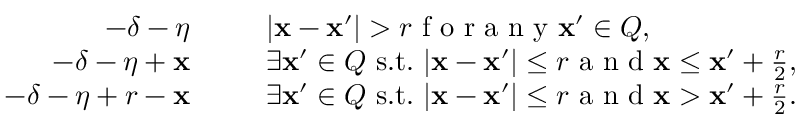
\begin{array} { r l } { - \delta - \eta ~ ~ ~ ~ ~ } & { | \mathbf x - \mathbf x ^ { \prime } | > r \textnormal { f o r a n y } \mathbf x ^ { \prime } \in Q , } \\ { - \delta - \eta + \mathbf x ~ ~ ~ ~ ~ } & { \exists \mathbf x ^ { \prime } \in Q \mathrm { ~ s . t . ~ } | \mathbf x - \mathbf x ^ { \prime } | \le r \textnormal { a n d } \mathbf x \leq \mathbf x ^ { \prime } + \frac { r } { 2 } , } \\ { - \delta - \eta + r - \mathbf x ~ ~ ~ ~ ~ } & { \exists \mathbf x ^ { \prime } \in Q \mathrm { ~ s . t . ~ } | \mathbf x - \mathbf x ^ { \prime } | \le r \textnormal { a n d } \mathbf x > \mathbf x ^ { \prime } + \frac { r } { 2 } . } \end{array}